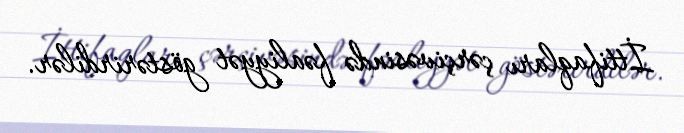
İttifaqları çərçivəsində fəaliyyət göstərirdilər.